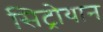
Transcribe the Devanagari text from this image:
सिट्रोयान